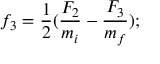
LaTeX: f _ { 3 } = { \frac { 1 } { 2 } } ( { \frac { F _ { 2 } } { m _ { i } } } - { \frac { F _ { 3 } } { m _ { f } } } ) ;